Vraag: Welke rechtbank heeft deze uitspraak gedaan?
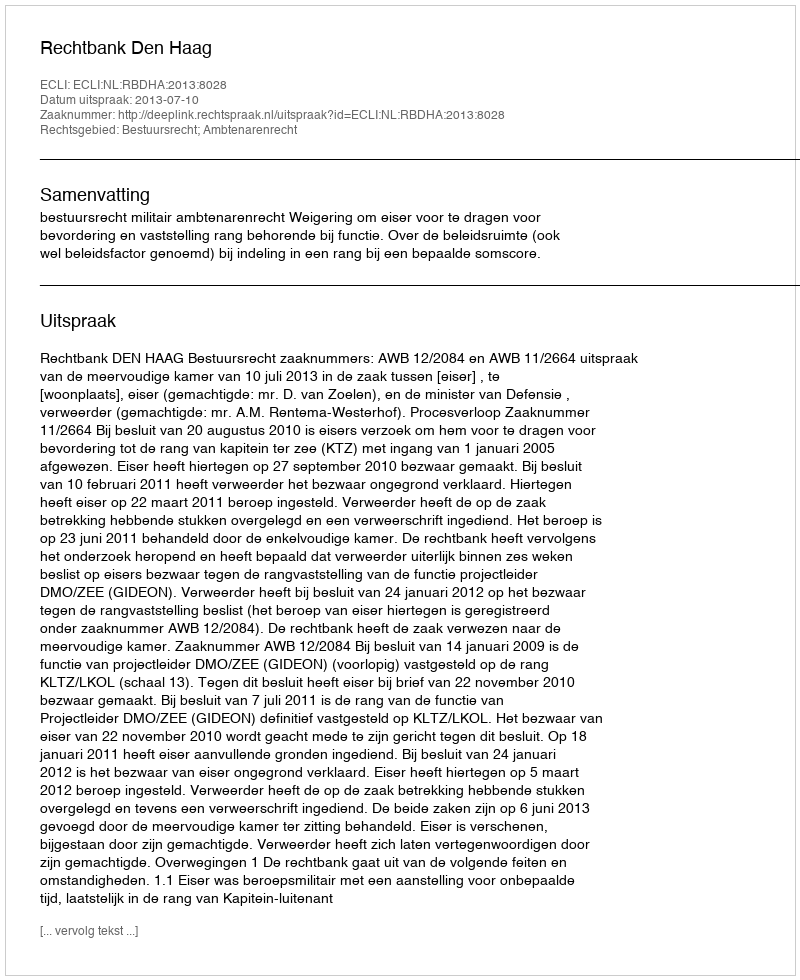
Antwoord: Rechtbank Den Haag